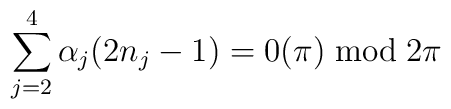
\sum_{j=2}^4 \alpha_j (2n_j - 1) = 0 (\pi) \bmod 2\pi